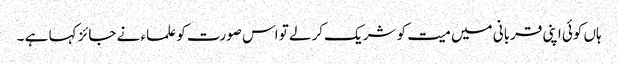
ہاں کوئی اپنی قربانی میں میت کو شریک کرلے تو اس صورت کو علماء نے جائز کہا ہے ۔